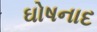
ઘોષનાદ